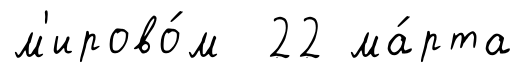
м'ирово́м 22 ма́рта